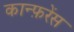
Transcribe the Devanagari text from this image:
कान्फ़रेंस